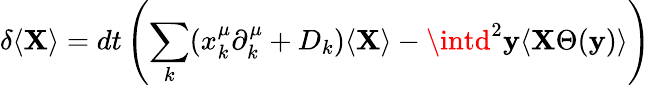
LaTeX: \delta\langle\mathbf{X}\rangle=dt\left(\sum_{k}(x_{k}^{\mu}\partial_{k}^{\mu}+D_{k})\langle\mathbf{X}\rangle-\intd^{2}\mathbf{y}\langle\mathbf{X}\Theta(\mathbf{y})\rangle\right)